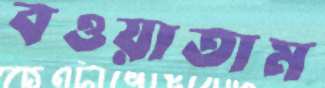
বওয়াতাম